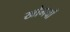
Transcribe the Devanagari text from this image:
खोमचों